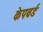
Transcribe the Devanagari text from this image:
केपवर्ड